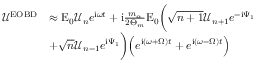
\begin{array} { r l } { \mathcal { U } ^ { \mathrm { E O B D } } } & { \approx \mathrm { E } _ { 0 } \mathcal { U } _ { n } e ^ { \mathrm { i } \omega t } + \mathrm { i } \frac { m _ { \alpha } } { 2 \Theta _ { m } } \mathrm { E } _ { 0 } \bigg ( \sqrt { n + 1 } \mathcal { U } _ { n + 1 } e ^ { - \mathrm { i } \Psi _ { 1 } } } \\ & { + \sqrt { n } \mathcal { U } _ { n - 1 } e ^ { \mathrm { i } \Psi _ { 1 } } \bigg ) \Big ( e ^ { \mathrm { i } \left( \omega + \Omega \right) t } + e ^ { \mathrm { i } \left( \omega - \Omega \right) t } \Big ) } \end{array}